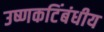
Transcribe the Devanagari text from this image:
उष्णकटिंबंधीय